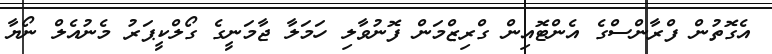
އެގޮތުން ފްރާންސްގެ އެންޓޮއިން ގްރިޒްމަން ފޮނުވާލި ހަމަލާ ޖާމަނީގެ ގޯލްކީޕަރު މެނުއެލް ނޯޔާ